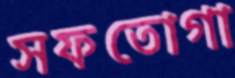
সফতোগা